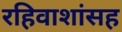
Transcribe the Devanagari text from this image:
रहिवाशांसह